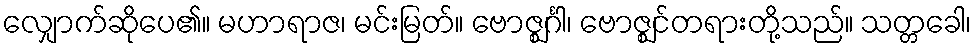
လျှောက်ဆိုပေ၏။ မဟာရာဇ၊ မင်းမြတ်။ ဗောဇ္ဈင်္ဂါ၊ ဗောဇ္ဈင်တရားတို့သည်။ သတ္တခေါ၊